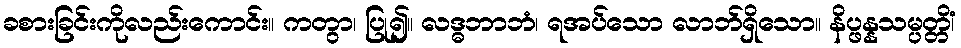
ခစားခြင်းကိုလည်းကောင်း။ ကတွာ၊ ပြု၍။ လဒ္ဓဘာဘံ၊ ရအပ်သော လာဘ်ရှိသော။ နိပ္ဖန္နသမ္ပတ္တိံ၊